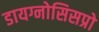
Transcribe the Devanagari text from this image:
डायग्नोसिसप्रो